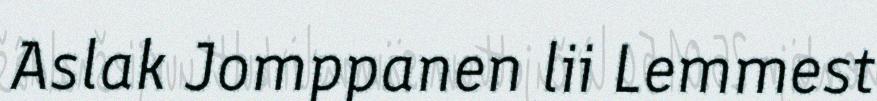
Aslak Jomppanen lii Lemmest